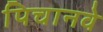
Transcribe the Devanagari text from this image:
पिचानवे